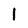
Character: I